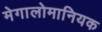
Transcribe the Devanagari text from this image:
मेगालोमानियक